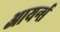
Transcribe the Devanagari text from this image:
आयर्न्स